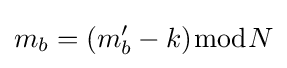
m_{b}=(m'_{b}-k){\bmod {N}}